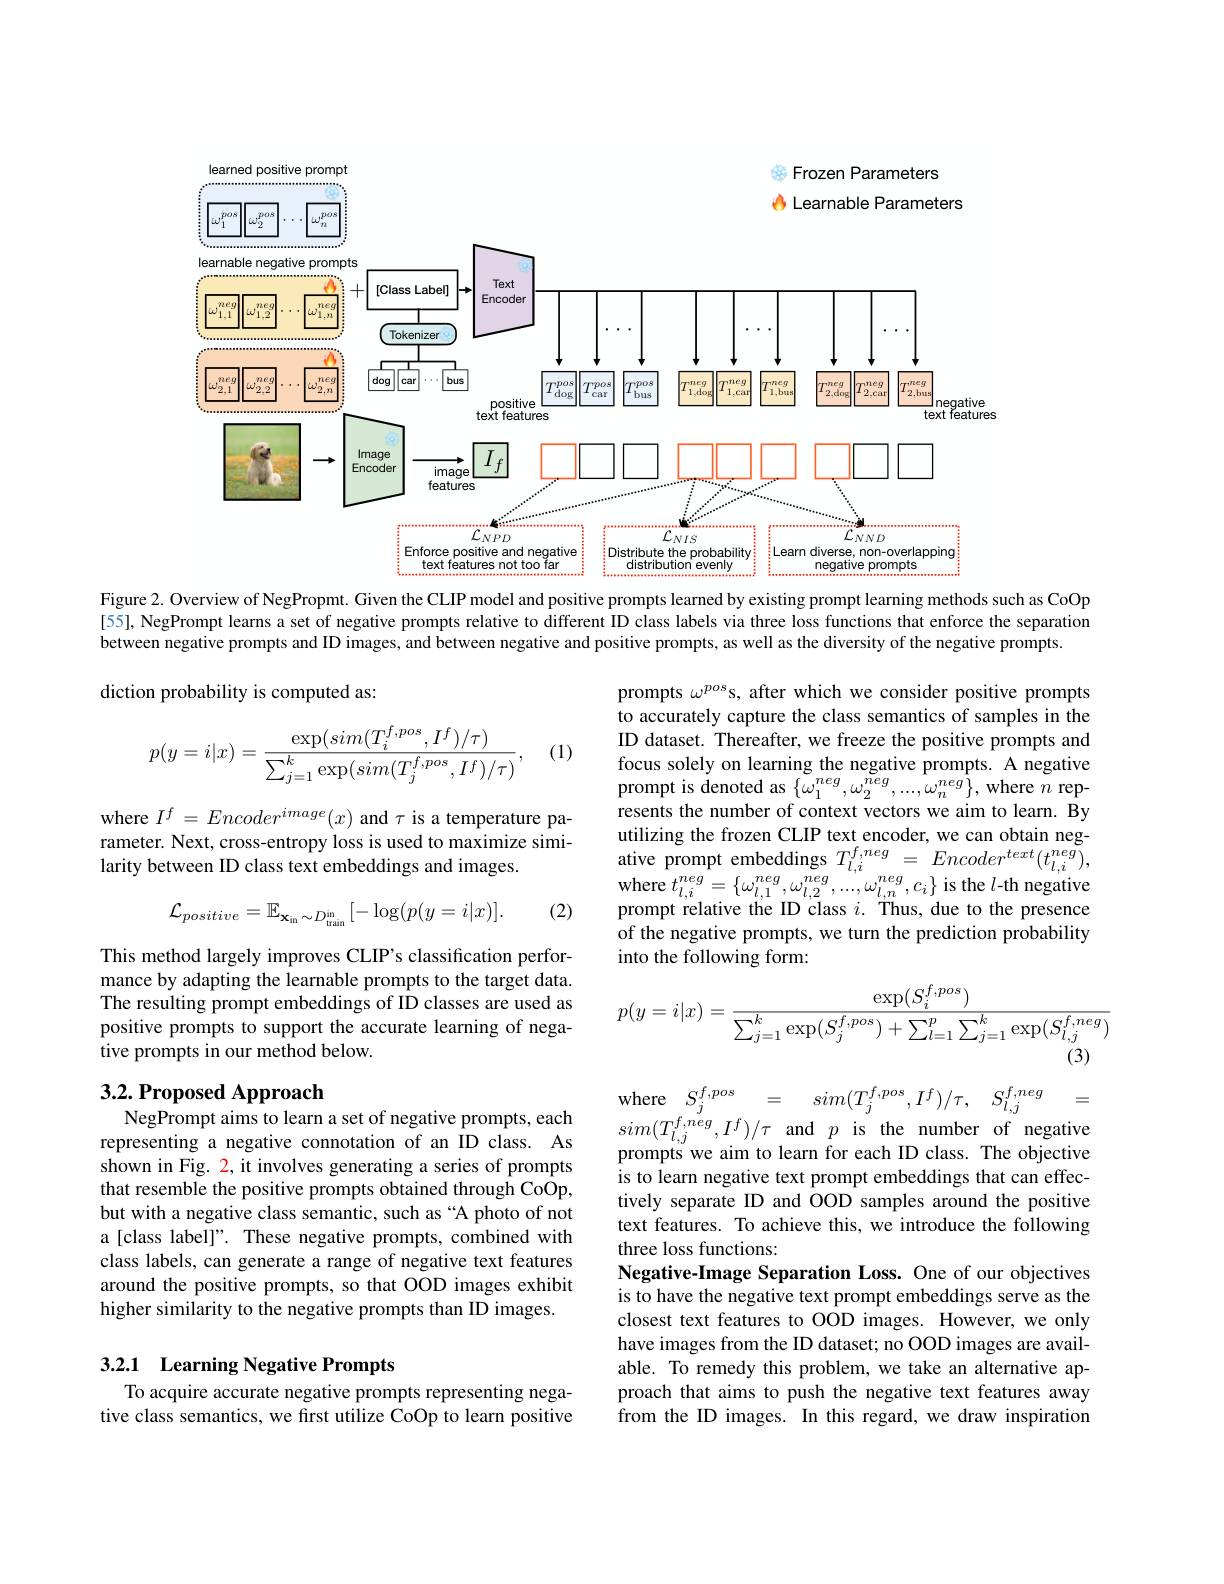
<FigureHere>

Figure 2. Overview of NegPropmt. Given the CLIP model and positive prompts learned by existing prompt learning methods such as CoOp

[55], NegPrompt learns a set of negative prompts relative to different ID class labels via three loss functions that enforce the separation
between negative prompts and ID images, and between negative and positive prompts, as well as the diversity of the negative prompts.

diction probability is computed as:

(1)
$$p(y=i|x)=\frac{\exp(sim(T_i^{f,pos},I^f)/\tau)}{\sum_{j=1}^k\exp(sim(T_j^{f,pos},I^f)/\tau)},$$
prompts $\omega^poss$, after which we consider positive prompts to accurately capture the class semantics of samples in the ID dataset. Thereafter, we freeze the positive prompts and focus solely on learning the negative prompts. A negative prompt is denoted as $\{\omega_{1}^{neg},\omega_{2}^{neg},...,\omega_{n}^{neg}\}$,where $n$ represents the number of context vectors we aim to learn. By utilizing the frozen CLIP text encoder, we can obtain negative prompt embeddings $T_{l,i}^{f,neg}=Encoder^{text}(t_{l,i}^{neg})$, where $t_{l, i}^{neg}= \{ \omega _{l, 1}^{neg}, \omega _{l, 2}^{neg}, . . . , \omega _{l, n}^{neg}, c_{i}\}$is the $l$-th negative prompt relative the ID class $i.$ Thus, due to the presence of the negative prompts, we turn the prediction probability into the following form:

where $I^f=Encoder^(x)$ and $\tau$ is a temperature parameter. Next, cross-entropy loss is used to maximize similarity between ID class text embeddings and images.

(2)
$$\mathcal{L}_{positive}=\mathbb{E}_{\mathbf{x}_{\mathrm{in}}\sim D_{\mathrm{train}}^{\mathrm{in}}}\:[-\log(p(y=i|x)].$$
This method largely improves CLIP's classification performance by adapting the learnable prompts to the target data. The resulting prompt embeddings of ID classes are used as positive prompts to support the accurate learning of negative prompts in our method below.
$$p(y=i|x)=\frac{\exp(S_{i}^{f,pos})}{\sum_{j=1}^{k}\exp(S_{j}^{f,pos})+\sum_{l=1}^{p}\sum_{j=1}^{k}\exp(S_{l,j}^{f,neg})}$$
(3)

# 3.2. Proposed Approach NegPrompt aims to learn a set of negative prompts, each

$\begin{array}{lcl}\mathrm{where}\: S_{j}^{f,pos}\:=\: sim(T_{j}^{f,pos},I^{f})/\tau,\: S_{l,j}^{f,neg}=\\sim(T_{l,j}^{f,neg},I^{f})/\tau\:\mathrm{and}\: p\:\mathrm{is}\:\mathrm{the}\:\mathrm{number}\:\mathrm{of}\:\mathrm{negative}\end{array}$

representing a negative connotation of an ID class. As shown in Fig. 2, it involves generating a series of prompts that resemble the positive prompts obtained through CoOp, but with a negative class semantic, such as“A photo of not a [class label]". These negative prompts, combined with class labels, can generate a range of negative text features around the positive prompts, so that OOD images exhibit higher similarity to the negative prompts than ID images.

prompts we aim to learn for each ID class. The objective is to learn negative text prompt embeddings that can effectively separate ID and OOD samples around the positive text features. To achieve this, we introduce the following three loss functions:
Negative-Image Separation Loss. One of objectives is to have the negative text prompt embeddings serve as the closest text features to OOD images. However, we only have images from the ID dataset; no OOD images are available. To remedy this problem, we take an alternative approach that aims to push the negative text features away from the ID images. In this regard, we draw inspiration

## 3.2.1 Learning Negative Prompts

To acquire accurate negative prompts representing negative class semantics, we first utilize CoOp to learn positive